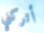
أتركني